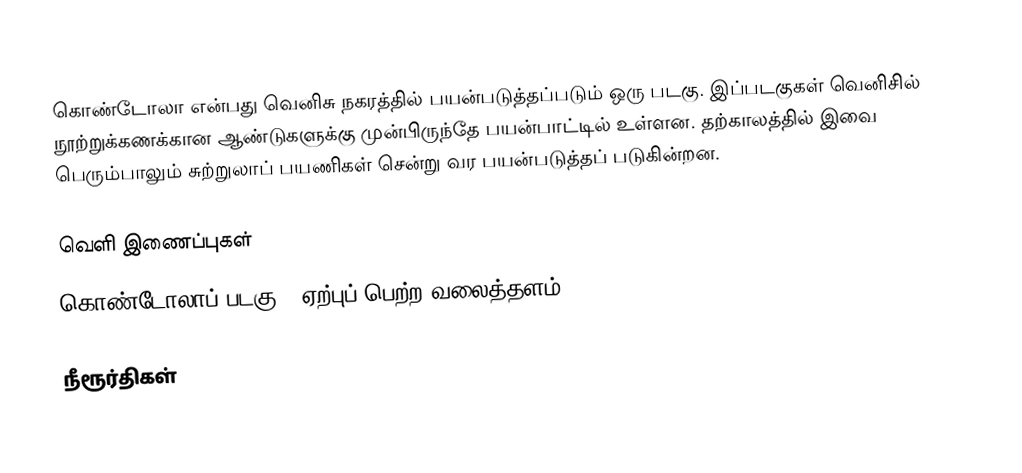
கொண்டோலா என்பது வெனிசு நகரத்தில் பயன்படுத்தப்படும் ஒரு படகு. இப்படகுகள் வெனிசில் நூற்றுக்கணக்கான ஆண்டுகளுக்கு முன்பிருந்தே பயன்பாட்டில் உள்ளன. தற்காலத்தில் இவை பெரும்பாலும் சுற்றுலாப் பயணிகள் சென்று வர பயன்படுத்தப் படுகின்றன.

வெளி இணைப்புகள்
 கொண்டோலாப் படகு - ஏற்புப் பெற்ற வலைத்தளம்

நீரூர்திகள்